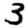
Digit: 3